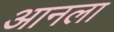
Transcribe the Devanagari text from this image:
आनला